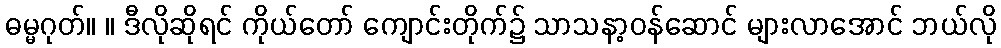
ဓမ္မဂုတ်။ ။ ဒီလိုဆိုရင် ကိုယ်တော် ကျောင်းတိုက်၌ သာသနာ့ဝန်ဆောင် များလာအောင် ဘယ်လို